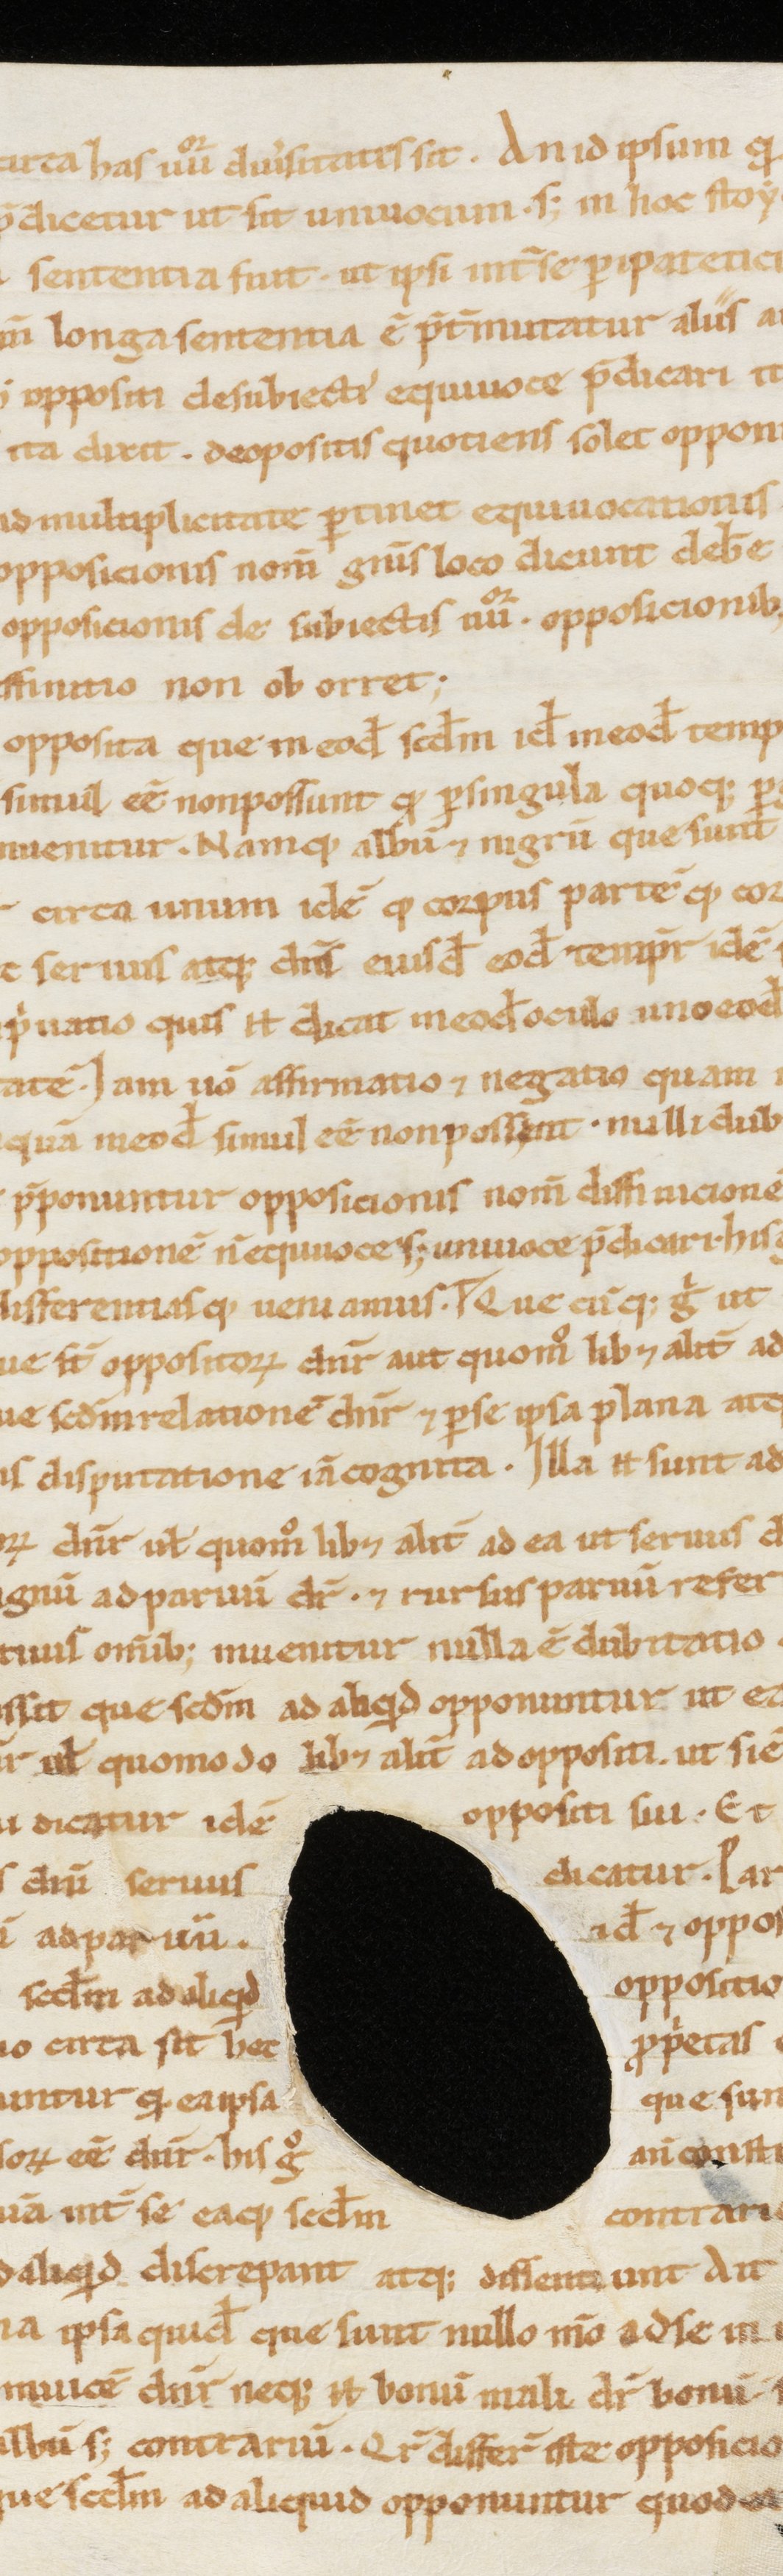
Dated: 1000–1199